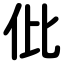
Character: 仳